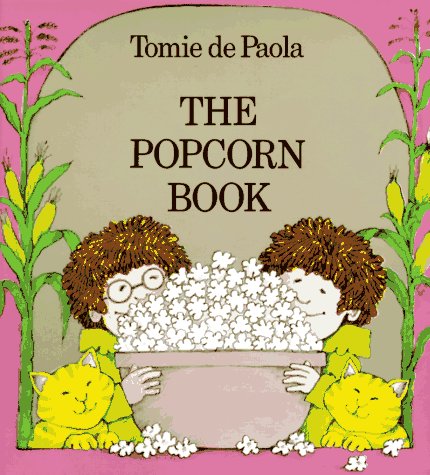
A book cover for The Popcorn Book; Tomie dePaola; Children's Books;